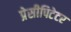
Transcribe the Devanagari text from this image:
प्रेसीपिटेटर